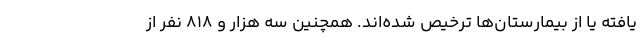
یافته یا از بیمارستان‌ها ترخیص شده‌اند. همچنین سه هزار و ۸۱۸ نفر از